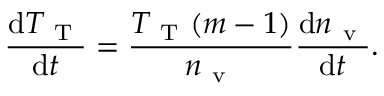
\frac { \mathrm { d } T _ { \mathrm { ~ T ~ } } } { \mathrm { d } t } = \frac { T _ { \mathrm { ~ T ~ } } ( m - 1 ) } { n _ { \mathrm { ~ v ~ } } } \frac { \mathrm { d } n _ { \mathrm { ~ v ~ } } } { \mathrm { d } t } .